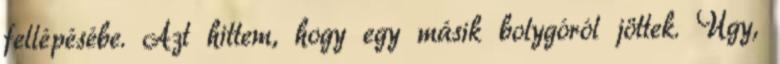
fellépésébe. Azt hittem, hogy egy másik bolygóról jöttek. Úgy,